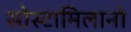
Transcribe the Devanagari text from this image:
सोस्टामिलानो